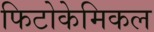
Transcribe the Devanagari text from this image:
फिटोकेमिकल